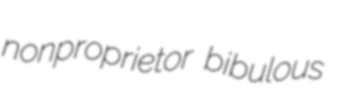
nonproprietor bibulous